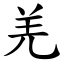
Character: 羌